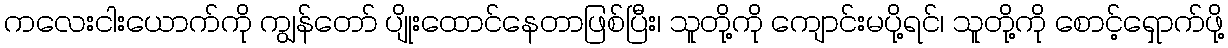
ကလေးငါးယောက်ကို ကျွန်တော် ပျိုးထောင်နေတာဖြစ်ပြီး၊ သူတို့ကို ကျောင်းမပို့ရင်၊ သူတို့ကို စောင့်ရှောက်ဖို့